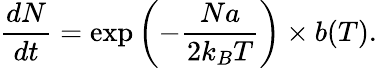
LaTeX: \frac{dN}{dt}=\exp\left(-\frac{Na}{2k_{B}T}\right)\times b(T).